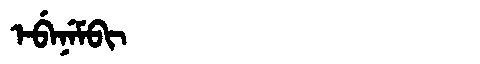
Manchu: ᡝᠪᡝᠨᡝᠮᠪᡳ
Romanization: EBENEMBI